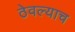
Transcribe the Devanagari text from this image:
ठेवल्याच